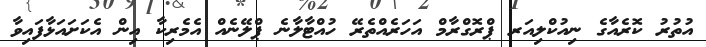
އުުތުރު ކޮރެއާގެ ނިއުކްލިއަރ ޕްރޮގްރާމް އަހަރެއްތެރޭ ހުއްޓާލާނެ ޕްލޭނެއް އެމެރިކާ އިން އެކަށައަޅާފައިވާ